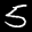
Label: 5